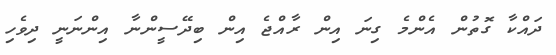
ދައްކާ ގޮތުން އެންމެ ގިނަ އިން ރާއްޖެ އިން ބިދޭސީންނާ އިންނަނީ ދިވެހި